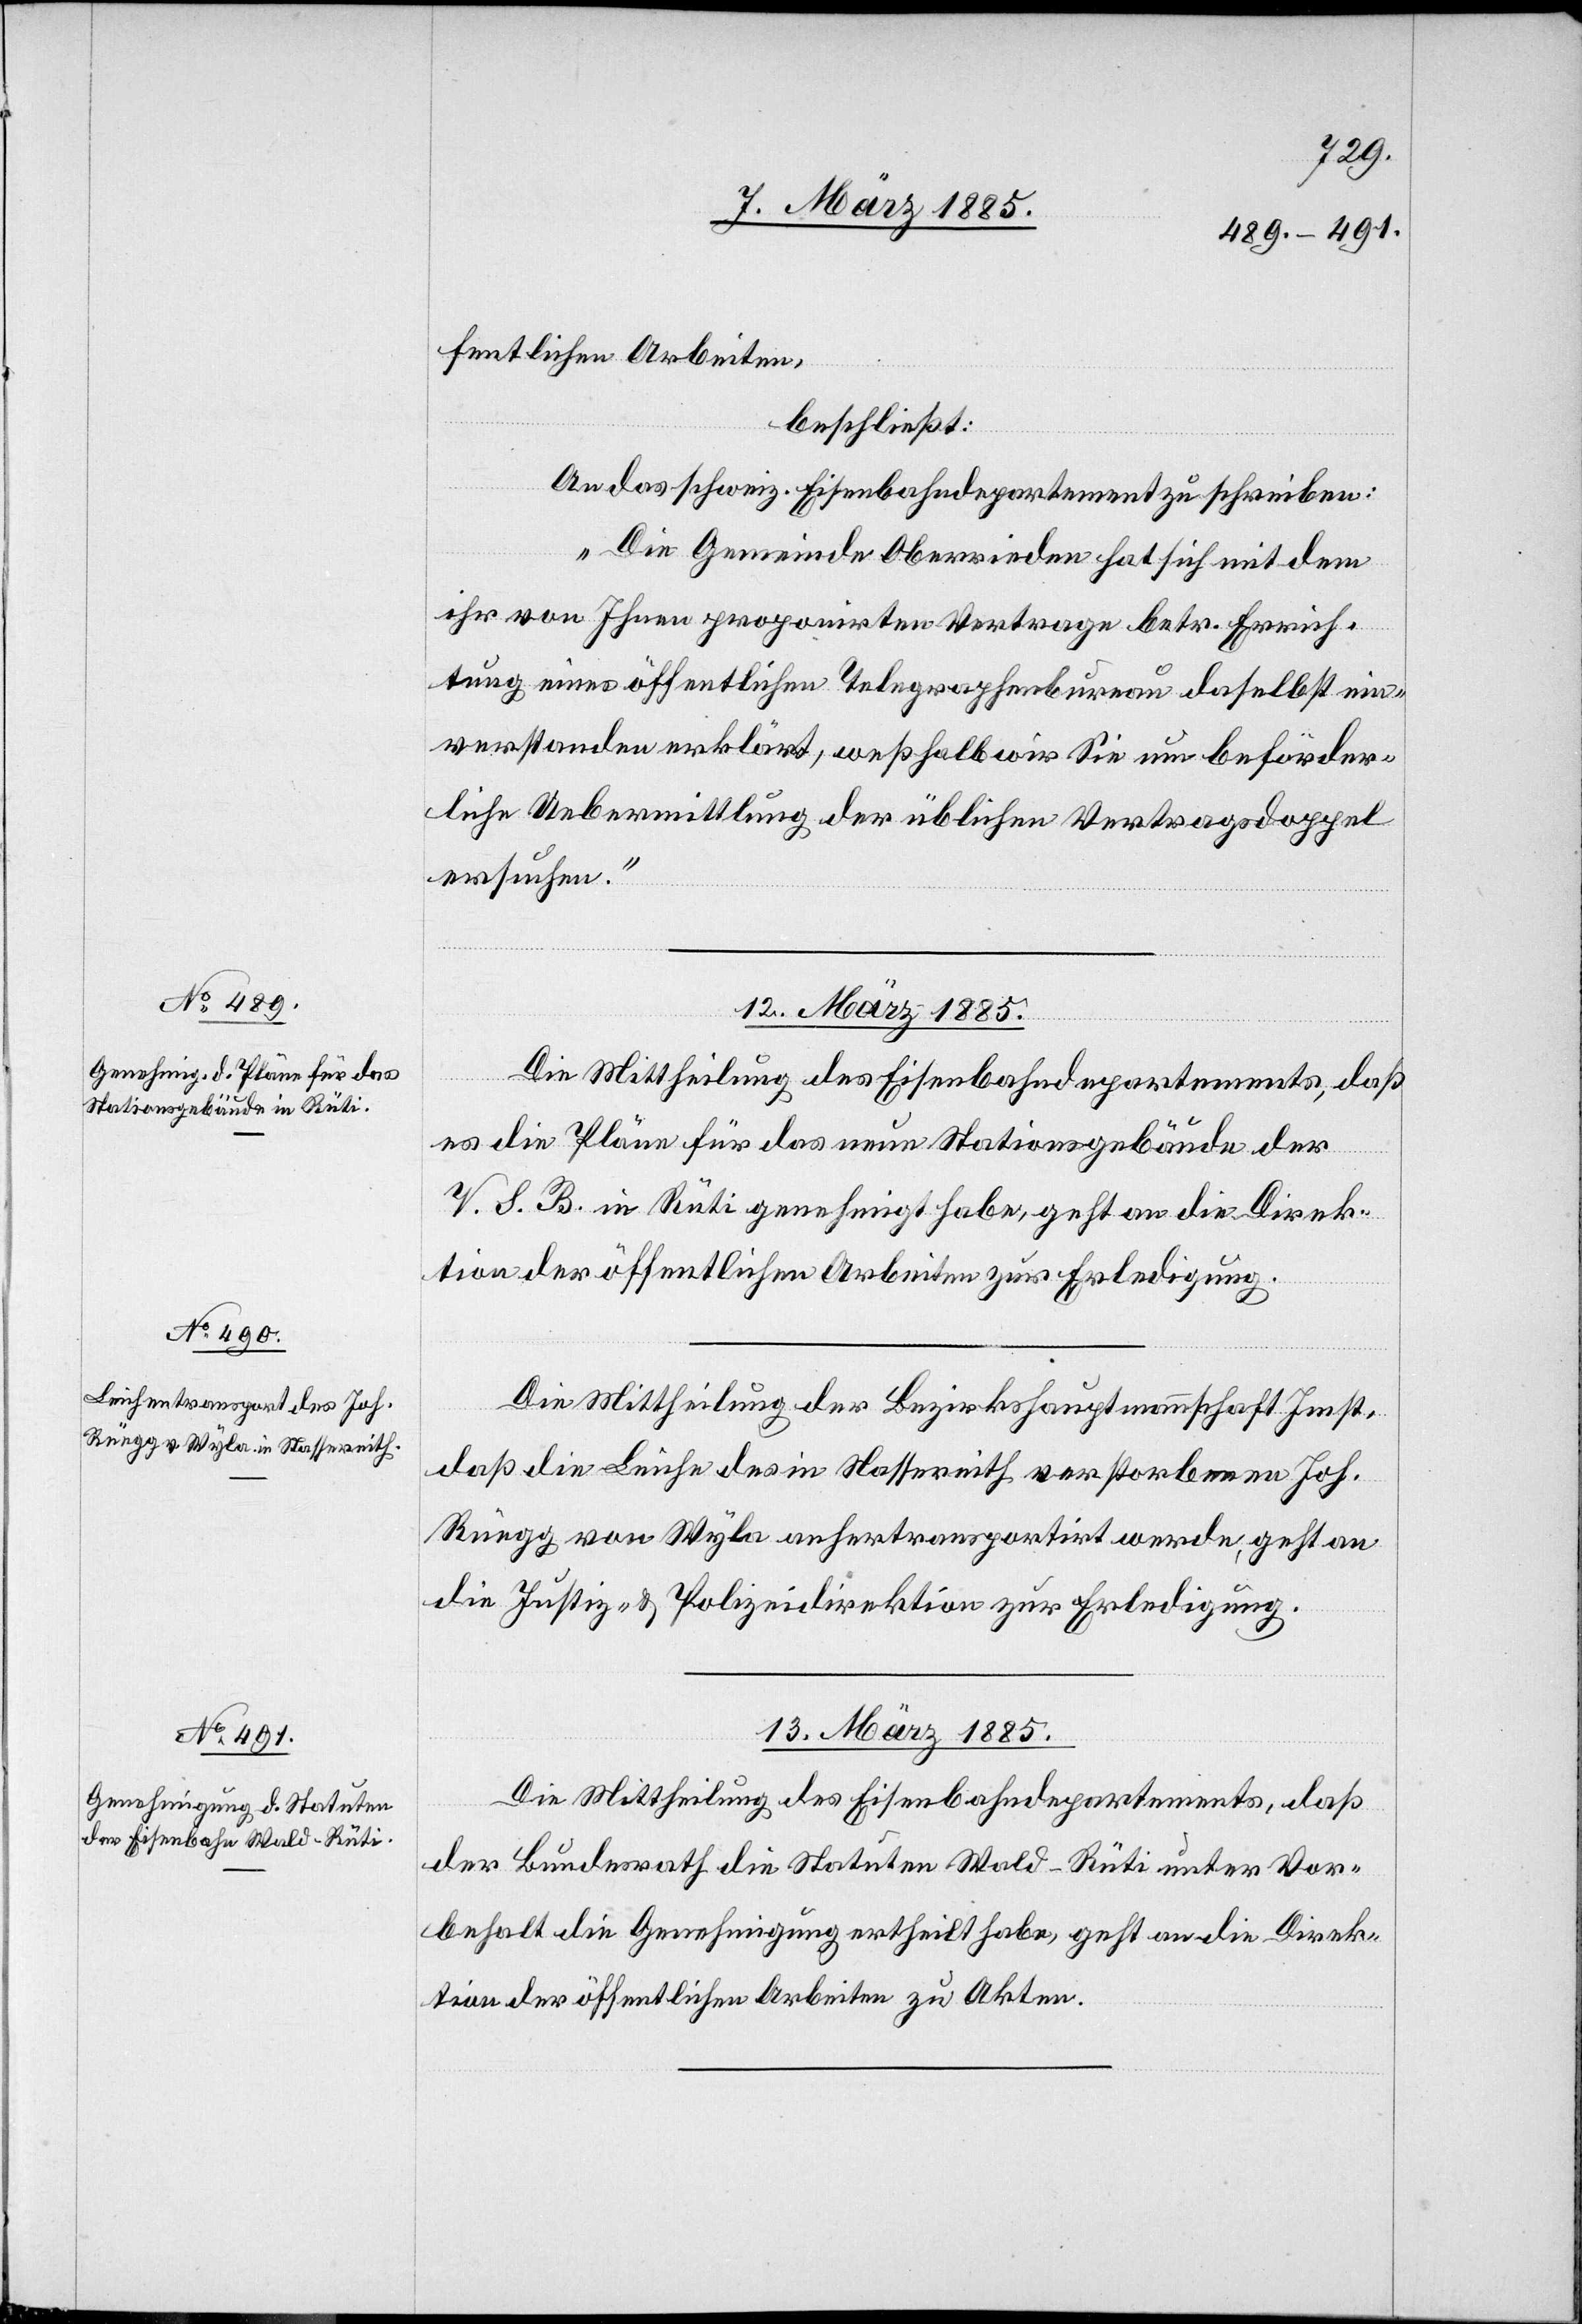
fentlichen Arbeiten,
beschließt:
An das schweiz. Eisenbahndepartement zu schreiben:
„Die Gemeinde Oberrieden hat sich mit dem
ihr von Ihnen proponirten Vertrage betr. Errich¬
tung eines öffentlichen Telegraphenbureau daselbst ein¬
verstanden erklärt, weßhalb wir Sie um beförder¬
liche Uebermittlung der üblichen Vertragsdoppel
ersuchen.“
12. März 1885.]
Die Mittheilung des Eisenbahndepartements, daß
es die Pläne für das neue Stationsgebäude der
V. S. B. in Rüti genehmigt habe, geht an die Direk¬
tion der öffentlichen Arbeiten zur Erledigung.
Die Mittheilung der Bezirkshauptmannschaft Imst,
daß die Leiche des in Nassereith verstorbenen Joh.
Rüegg von Wyla anhertransportirt werde, geht an
die Justiz- & Polizeidirektion zur Erledigung.
13. März 1885.
Die Mittheilung des Eisenbahndepartements, daß
der Bundesrath die Statuten Wald–Rüti unter Vor¬
behalt die Genehmigung ertheilt habe, geht an die Direk¬
tion der öffentlichen Arbeiten zu Akten.